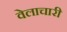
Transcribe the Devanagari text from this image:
वेलाचारी